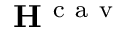
{ \bf { H } } ^ { \mathrm { ~ c ~ a ~ v ~ } }